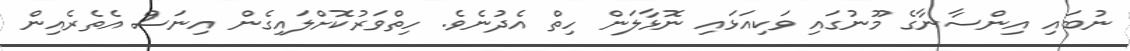
ނުބައި އިންސާނާގެ މޫނުގައި ވަކިއަޅައި ނޮޅާލަން ހިތް އެދުނެވެ. ހިތްވަރުކޮށްލައިގެން އިނަސް އެތެރެއިން